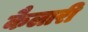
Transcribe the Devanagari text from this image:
कैलारी